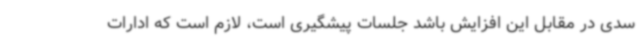
سدی در مقابل این افزایش باشد جلسات پیشگیری است، لازم است که ادارات